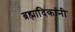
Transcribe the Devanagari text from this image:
ब्रह्मादिकांनी